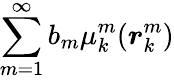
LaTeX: \sum_{m=1}^{\infty}b_{m}\mu_{k}^{m}(\boldsymbol{r}_{k}^{m})